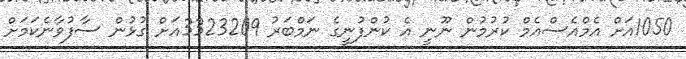
1050އަށް އެމްއެސްއެމް ކުރުމުން ނޫނީ އެ ކުންފުނީގެ ނަމްބަރު 3323209އަށް ގުޅުން ސާފުވާނެކަމަށް